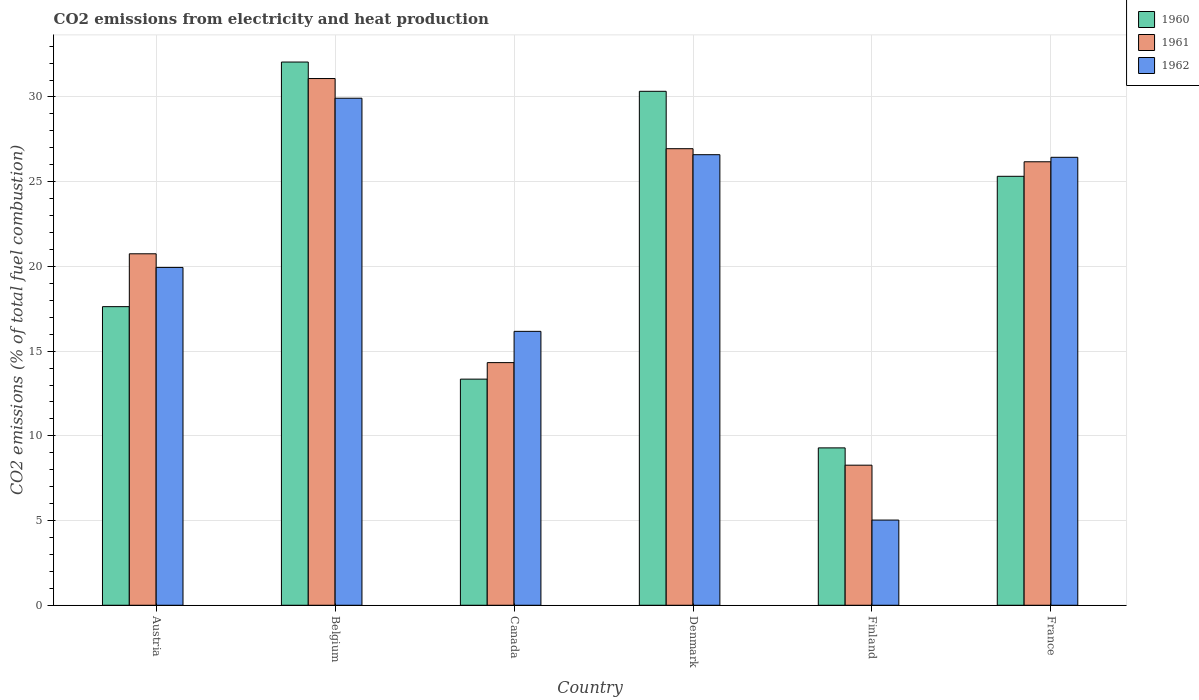
| Country | 1960 | 1961 | 1962 |
 | --- | --- | --- | --- |
 | Austria | 17.6 | 20.7 | 19.9 |
 | Belgium | 32.1 | 31.1 | 29.9 |
 | Canada | 13.3 | 14.3 | 16.2 |
 | Denmark | 30.3 | 26.9 | 26.6 |
 | Finland | 9.29 | 8.27 | 5.03 |
 | France | 25.3 | 26.2 | 26.4 |